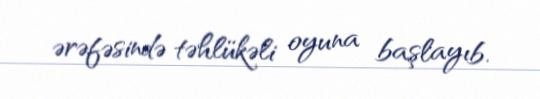
ərəfəsində təhlükəli oyuna başlayıb.